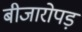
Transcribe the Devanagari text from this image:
बीजारोपड़